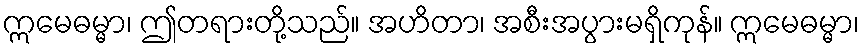
ဣမေဓမ္မာ၊ ဤတရားတို့သည်။ အဟိတာ၊ အစီးအပွားမရှိကုန်။ ဣမေဓမ္မာ၊